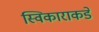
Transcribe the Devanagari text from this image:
स्विकाराकडे